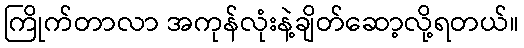
ကြိုက်တာလာ အကုန်လုံးနဲ့ချိတ်ဆော့လို့ရတယ်။